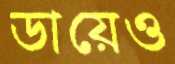
ডায়েও